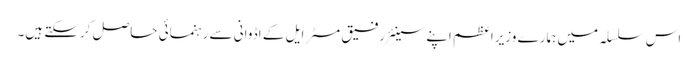
اس سلسلہ میں ہمارے وزیراعظم اپنے سینئر رفیق مسٹر ایل کے اڈوانی سے رہنمائی حاصل کرسکتے ہیں۔